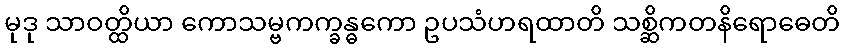
မုဒု သာဝတ္ထိယာ ကောသမ္ဗကက္ခန္ဓကော ဥပသံဟရထာတိ သစ္ဆိကတနိရောဓေတိ